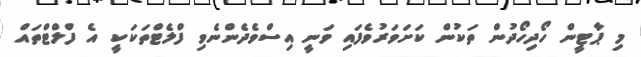
މި ޕާޓީން ހޯދިހޯދުން ތަކުން ކަށަވަރުވެފައި ވަނީ އިސްވެދެންނެވި ފްލެޓްތަކަކީ އެ ފްލްޓްތައް